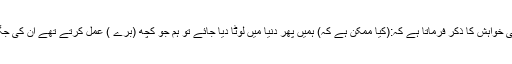
چنانچہ اللہ تعالیٰ قرآن کریم میں اس انسانی خواہش کا ذکر فرماتا ہے کہ:(کیا ممکن ہے کہ) ہمیں پھر دنیا میں لوٹا دیا جائے تو ہم جو کچھ (بُرے ) عمل کرتے تھے ان کی جگہ دوسرے (نیک) عمل کرنے لگ جائیں۔